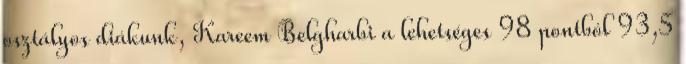
osztályos diákunk, Kareem Belgharbi a lehetséges 98 pontból 93,5